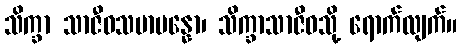
သိက္ခာ သာဇီဝသမာပန္နော၊ သိက္ခာသာဇီဝသို့ ရောက်လျက်။